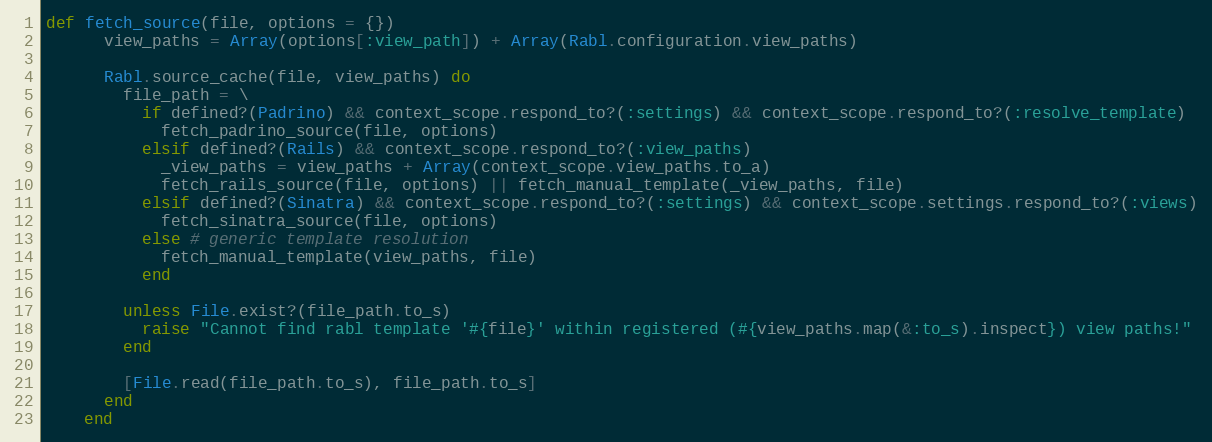
Language: Ruby
def fetch_source(file, options = {})
      view_paths = Array(options[:view_path]) + Array(Rabl.configuration.view_paths)

      Rabl.source_cache(file, view_paths) do
        file_path = \
          if defined?(Padrino) && context_scope.respond_to?(:settings) && context_scope.respond_to?(:resolve_template)
            fetch_padrino_source(file, options)
          elsif defined?(Rails) && context_scope.respond_to?(:view_paths)
            _view_paths = view_paths + Array(context_scope.view_paths.to_a)
            fetch_rails_source(file, options) || fetch_manual_template(_view_paths, file)
          elsif defined?(Sinatra) && context_scope.respond_to?(:settings) && context_scope.settings.respond_to?(:views)
            fetch_sinatra_source(file, options)
          else # generic template resolution
            fetch_manual_template(view_paths, file)
          end

        unless File.exist?(file_path.to_s)
          raise "Cannot find rabl template '#{file}' within registered (#{view_paths.map(&:to_s).inspect}) view paths!"
        end

        [File.read(file_path.to_s), file_path.to_s]
      end
    end